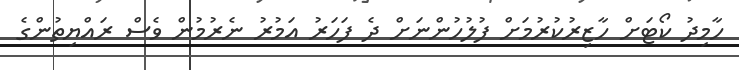
ހާމިދު ކޯޓަށް ހާޒިރުކުރުމަށް ފުލުހުންނަށް ދެ ފަހަރު އަމުރު ނެރުމުން ވެސް ރައްޔިތުންގެ